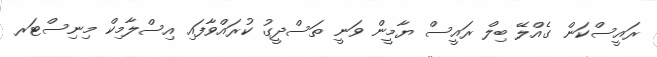
ރައީސްކަން ގެއްލޭ ބިލް ރައީސް ޔާމީން ވަނީ ތަސްދީގު ކުރައްވާފައި އިސްލާމިކް މިނިސްޓަރ